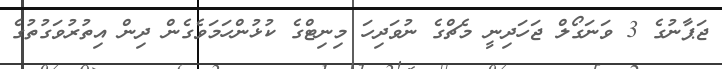
ޖަޕާނުގެެ 3 ވަނަގޯލް ޖަހަދިނީ މެޗްގެ ނުވަދިހަ މިނިޓްގެ ކުޅުންހަމަވެގެން ދިން އިތުރުވަގުތުގެ